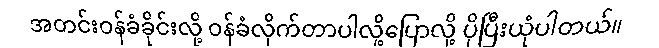
အတင်းဝန်ခံခိုင်းလို့ ဝန်ခံလိုက်တာပါလို့ပြောလို့ ပိုပြီးယုံပါတယ်။